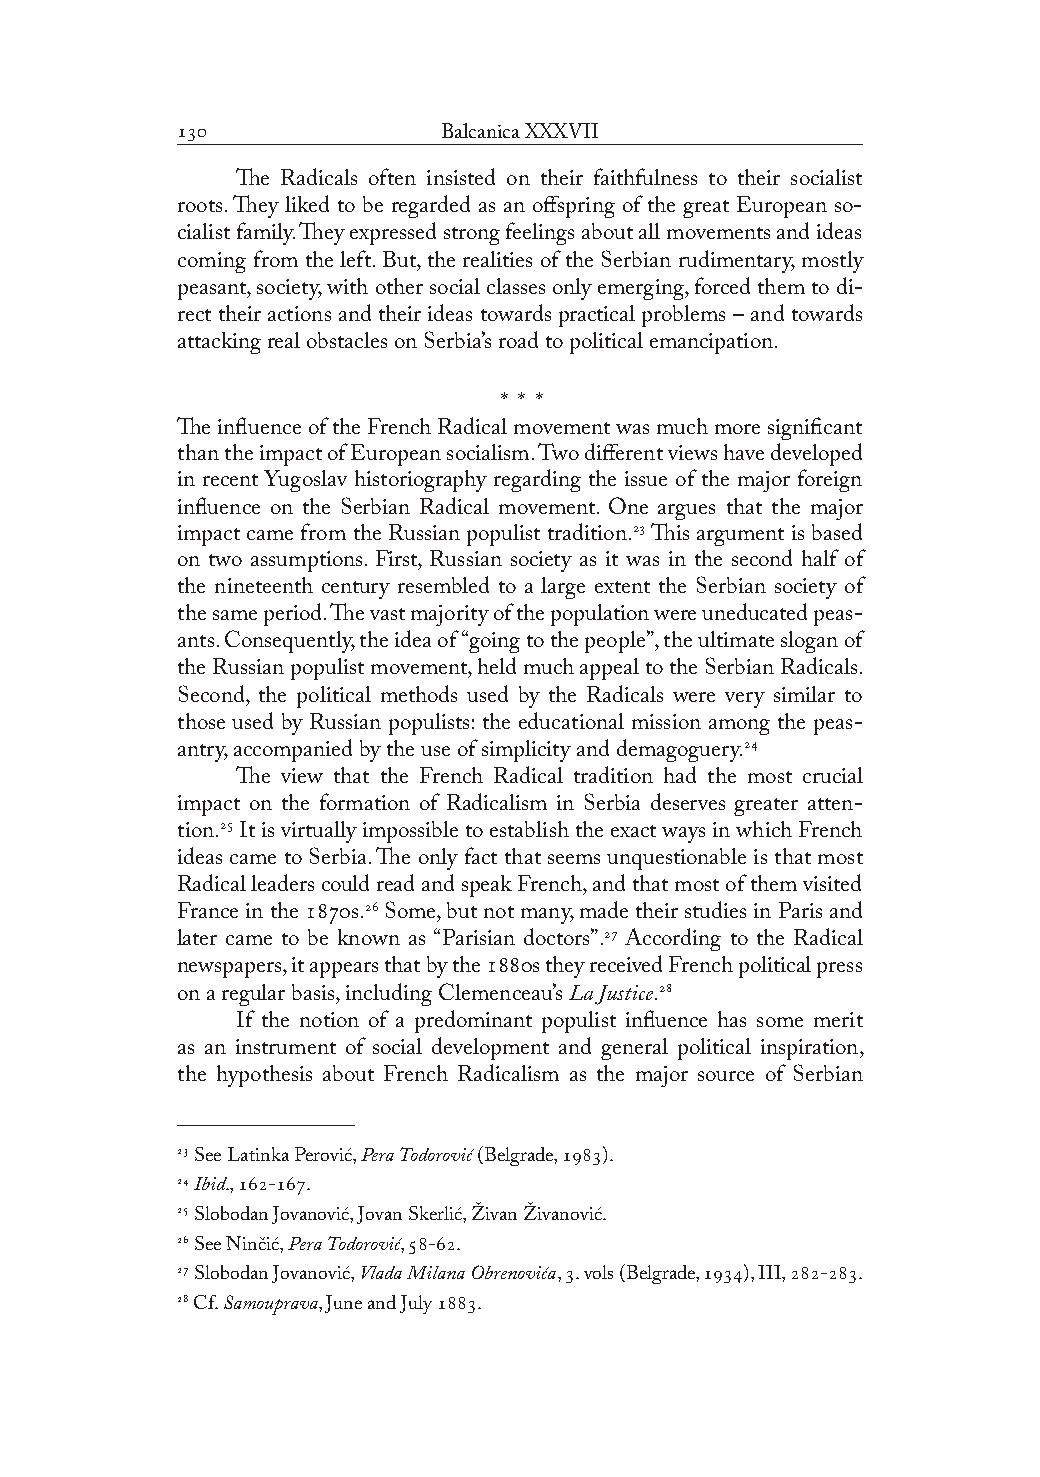
              Balcanica XXXVII
 The Radicals often insisted on their faithfulness to their socialist
 roots. They liked to be regarded as an offspring of the great European so-
 cialist family. They expressed strong feelings about all movements and ideas
 coming from the left. But, the realities of the Serbian rudimentary, mostly
 peasant, society, with other social classes only emerging, forced them to di-
 rect their actions and their ideas towards practical problems – and towards
 attacking real obstacles on Serbia’s road to political emancipation.
 * * *
 The influence of the French Radical movement was much more significant
 than the impact of European socialism. Two different views have developed
 in recent Yugoslav historiography regarding the issue of the major foreign
 influence on the Serbian Radical movement. One argues that the major
 impact came from the Russian populist tradition. This argument is based
 on two assumptions. First, Russian society as it was in the second half of
 the nineteenth century resembled to a large extent the Serbian society of
 the same period. The vast majority of the population were uneducated peas-
 ants. Consequently, the idea of “going to the people”, the ultimate slogan of
 the Russian populist movement, held much appeal to the Serbian Radicals.
 Second, the political methods used by the Radicals were very similar to
 those used by Russian populists: the educational mission among the peas-
 antry, accompanied by the use of simplicity and demagoguery.
 The view that the French Radical tradition had the most crucial
 impact on the formation of Radicalism in Serbia deserves greater atten-
 tion. It is virtually impossible to establish the exact ways in which French
 ideas came to Serbia. The only fact that seems unquestionable is that most
 Radical leaders could read and speak French, and that most of them visited
 France in the s. Some, but not many, made their studies in Paris and
 later came to be known as “Parisian doctors”. According to the Radical
 newspapers, it appears that by the s they received French political press
 on a regular basis, including Clemenceau’s La Justice.
 If the notion of a predominant populist influence has some merit
 as an instrument of social development and general political inspiration,
 the hypothesis about French Radicalism as the major source of Serbian
  See Latinka Perović, Pera Todorović (Belgrade, ).
  Ibid., -.
  Slobodan Jovanović, Jovan Skerlić, Živan Živanović.
  See Ninčić, Pera Todorović, -.
  Slobodan Jovanović, Vlada Milana Obrenovića, . vols (Belgrade, ), III, -.
  Cf. Samouprava, June and July .